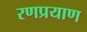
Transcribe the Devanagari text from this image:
रणप्रयाण